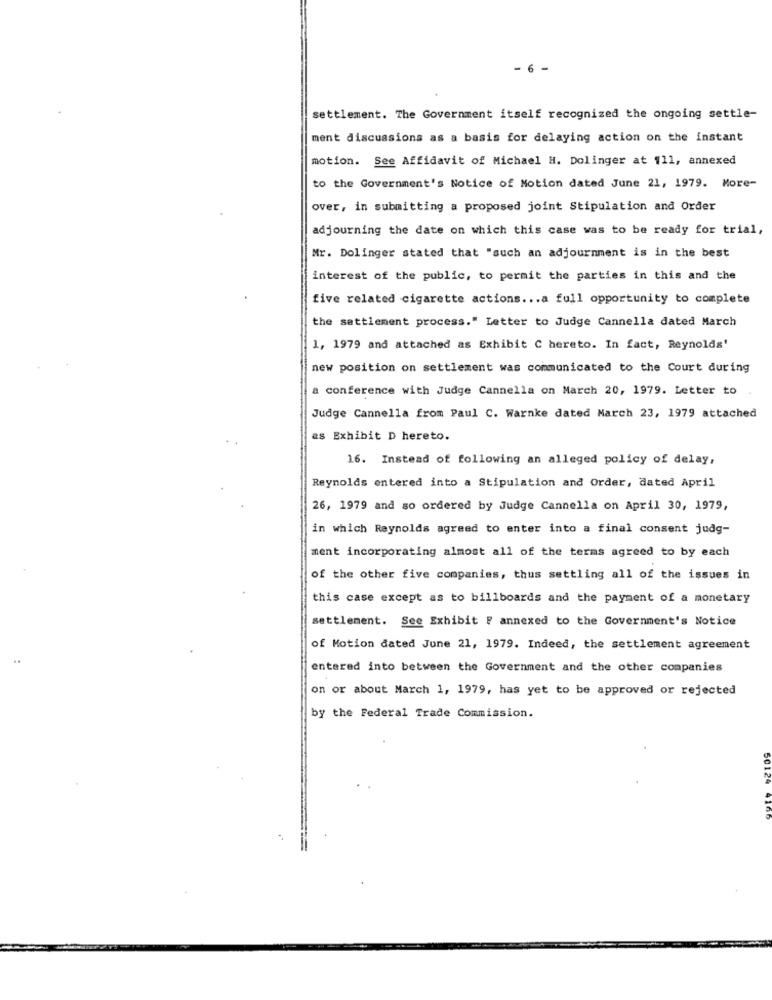
. 6 -
settlement. The Government itself recognized the ongoing settle-
ment discussions as a basis for delaying action on the instant
motion. See Affidavit of Michael H. Dolinger at 111, annexed
to the Government's Notice of Motion dated June 21, 1979. More-
over, in submitting a proposed joint Stipulation and Order
adjourning the date on which this case was to be ready for trial,
Mr. Dolinger stated that "such an adjournment is in the best
interest of the public, to permit the parties in this and the
five related cigarette actions ... a full opportunity to complete
the settlement process." Letter to Judge Cannella dated March
1, 1979 and attached as Exhibit C hereto. In fact, Reynolds'
new position on settlement was communicated to the Court during
a conference with Judge Cannella on March 20, 1979. Letter to
Judge Cannella from Paul C. Warnke dated March 23, 1979 attached
as Exhibit D hereto.
16. Instead of following an alleged policy of delay,
Reynolds entered into a Stipulation and Order, dated April
26, 1979 and so ordered by Judge Cannella on April 30, 1979,
in which Reynolds agreed to enter into a final consent judg-
ment incorporating almost all of the terms agreed to by each
of the other five companies, thus settling all of the issues in
this case except as to billboards and the payment of a monetary
settlement. See Exhibit F annexed to the Government's Notice
of Motion dated June 21, 1979. Indeed, the settlement agreement
..
entered into between the Government and the other companies
on or about March 1, 1979, has yet to be approved or rejected
by the Federal Trade Commission.
50124